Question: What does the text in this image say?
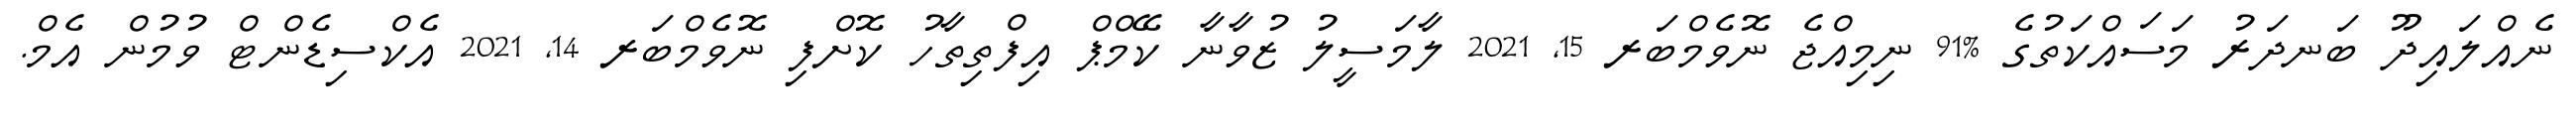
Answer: ނެއްލައިދޫ ބަނދަރު މަސައްކަތުގެ %91 ނިމިއްޖެ ނޮވެމްބަރ 15, 2021 ލާމަސީލު ޒުވާނާ ކޭމްޕް އިފްތިތާހު ކޮށްފި ނޮވެމްބަރ 14, 2021 އެކްސިޑެންޓް ވުމުން އެމް.